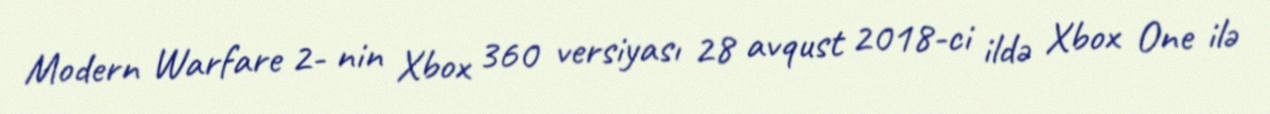
Modern Warfare 2- nin Xbox 360 versiyası 28 avqust 2018-ci ildə Xbox One ilə